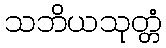
သဘိယသုတ္တံ